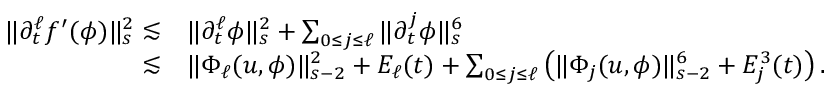
\begin{array} { r l } { \| \partial _ { t } ^ { \ell } f ^ { \prime } ( \phi ) \| _ { s } ^ { 2 } \lesssim } & { \| \partial _ { t } ^ { \ell } \phi \| _ { s } ^ { 2 } + \sum _ { 0 \leq j \leq \ell } \| \partial _ { t } ^ { j } \phi \| _ { s } ^ { 6 } } \\ { \lesssim } & { \| \Phi _ { \ell } ( u , \phi ) \| _ { s - 2 } ^ { 2 } + E _ { \ell } ( t ) + \sum _ { 0 \leq j \leq \ell } \big ( \| \Phi _ { j } ( u , \phi ) \| _ { s - 2 } ^ { 6 } + E _ { j } ^ { 3 } ( t ) \big ) \, . } \end{array}